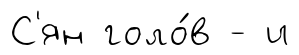
С'ян голо́в - и